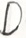
D